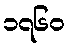
၁၇၆၀